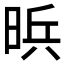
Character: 𱢄